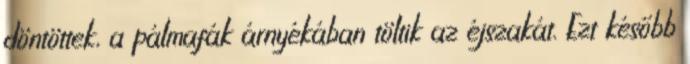
döntöttek, a pálmafák árnyékában töltik az éjszakát. Ezt később